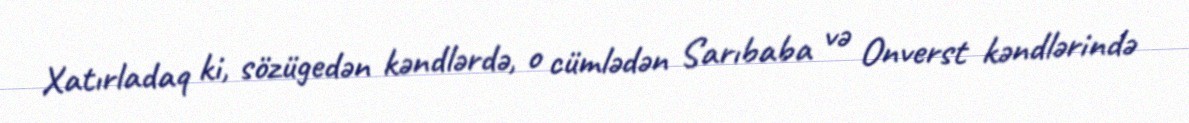
Xatırladaq ki, sözügedən kəndlərdə, o cümlədən Sarıbaba və Onverst kəndlərində